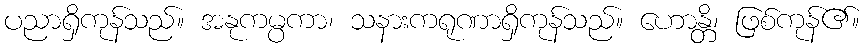
ပညာရှိကုန်သည်။ အနုကမ္ပကာ၊ သနားကရုဏာရှိကုန်သည်။ ဟောန္တိ၊ ဖြစ်ကုန်၏။